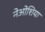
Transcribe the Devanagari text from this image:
नेओशिया